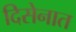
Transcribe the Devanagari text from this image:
दिसेनात